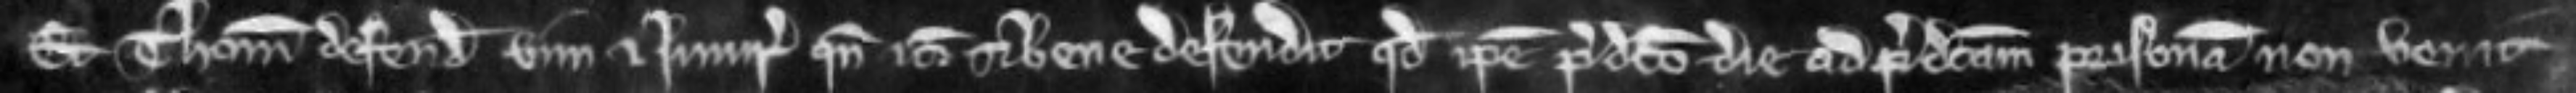
Et Thomas defendit vim et injuriam quando etc. et bene defendit quod ipse predicto die ad predictam prisonam non venit